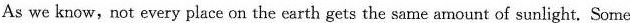
As we know,not every place on the earth gets the same amount of sunlight. Some